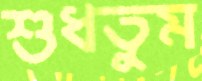
শুধতুম